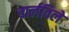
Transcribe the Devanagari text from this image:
चार्लविले